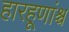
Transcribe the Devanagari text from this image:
हारहूणांश्च